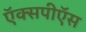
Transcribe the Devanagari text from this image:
ऍक्सपीऍस